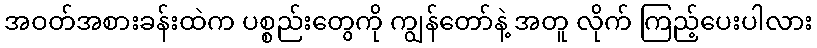
အဝတ်အစားခန်းထဲက ပစ္စည်းတွေကို ကျွန်တော်နဲ့ အတူ လိုက် ကြည့်ပေးပါလား